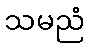
သမညံ